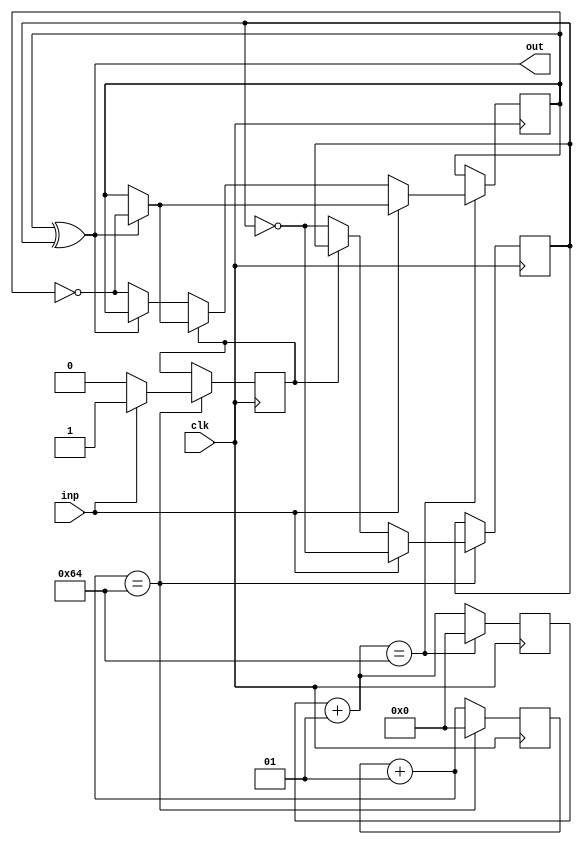
//Verilog implemntation on FPGA
//clock 10 ns
//input 1Mb/s
`timescale 1ns / 1ps
module modmill(inp,clk,out);
input inp;
 input clk;
output wire out;
reg prev=0;
reg trig1=0;
reg trig2=0;
assign out=trig1^trig2;
integer i=99;
integer j=49;
always @(negedge clk)
begin
i=i+1;
if(i==100)
begin
i=0;
if(inp==1)
begin
if(out==1)
begin
trig1=~trig1;
end
end
else
begin
if(prev==1)
begin
if(out==1)
begin
trig1=~trig1;
end
end
else 
begin
if(out==0)
begin
trig1=~trig1;
end
end
end
end
end

always @(posedge clk)
begin
j=j+1;
if(j==100)
begin
j=0;
if(inp==1)
begin
trig2=~trig2;
prev<=1;
end
else
begin
if(prev==0)
begin
trig2=~trig2;
end
else
begin
prev<=0;
end
end
end
end
endmodule